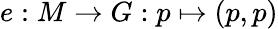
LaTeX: e:M\to G:p\mapsto(p,p)